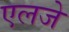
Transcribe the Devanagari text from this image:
एलजे